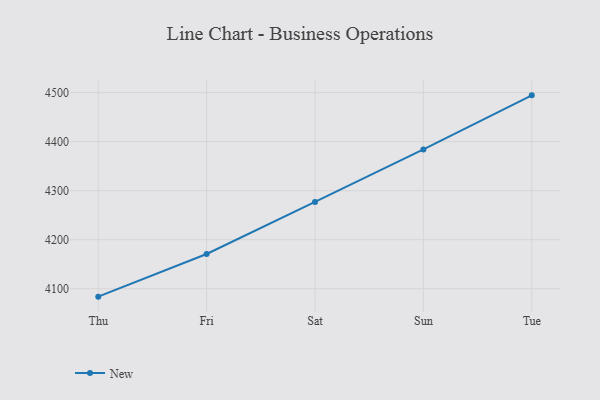
{"axis": {"x": "Day", "y": "Conversion Rate (%)"}, "legend": ["New"], "data": [{"x": "Thu", "y": 4083.9, "type": "New"}, {"x": "Fri", "y": 4170.9, "type": "New"}, {"x": "Sat", "y": 4277.0, "type": "New"}, {"x": "Sun", "y": 4384.1, "type": "New"}, {"x": "Tue", "y": 4494.3, "type": "New"}]}